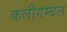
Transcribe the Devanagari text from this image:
कलीगम्बल